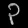
Digit: ၃